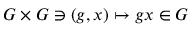
G \times G \ni ( g , x ) \mapsto g x \in G